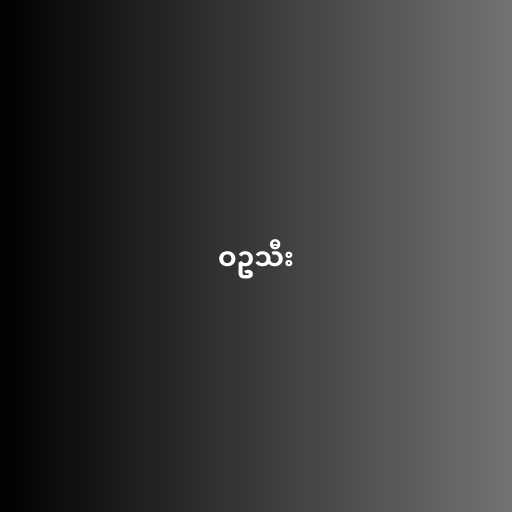
ဝဥသီး